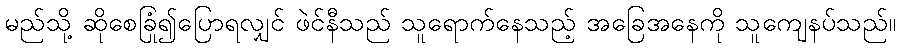
မည်သို့ ဆိုစေခြုံ၍ပြောရလျှင် ဖဲင်နီသည် သူရောက်နေသည့် အခြေအနေကို သူကျေနပ်သည်။